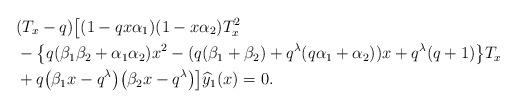
LaTeX: \begin{align*}& (T_x -q) \big[ (1 - q x \alpha_1) (1 - x \alpha_2) T_x^2 \\& {} - \big\{ q ( \beta_1 \beta_2 +\alpha_1 \alpha_2 ) x^2 - (q(\beta_1+\beta_2) + q^{\lambda} (q \alpha_1+\alpha_2) ) x + q^{\lambda} (q + 1) \big\} T_x \\& {} + q \big(\beta_1 x-q^{\lambda}\big) \big(\beta_2 x-q^{\lambda}\big) \big] \widehat{y}_{1}( x) =0.\end{align*}